Lunatic asylums Punjab 1868-1880 - 1868-1880
Year: 1868
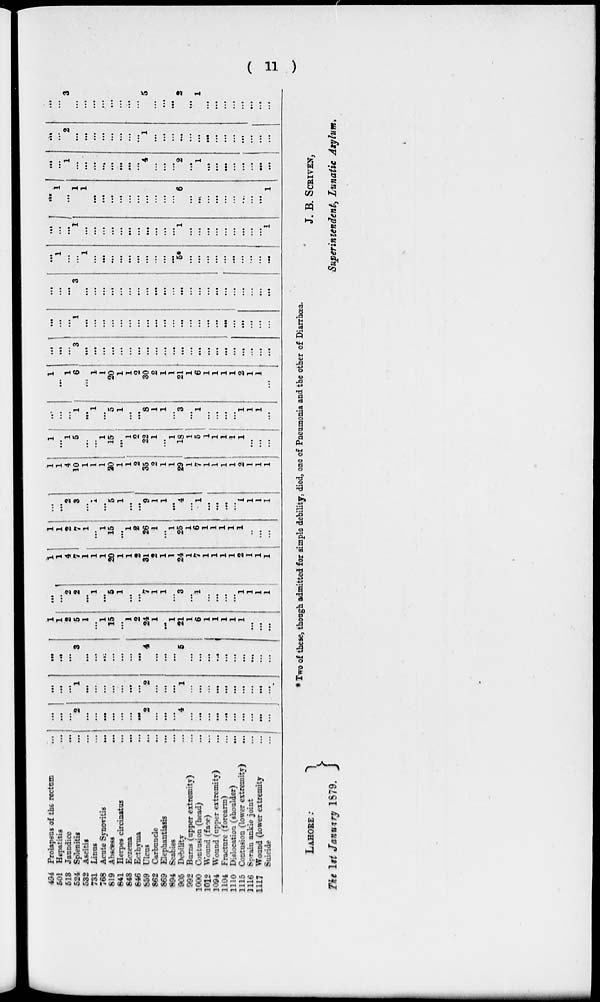
(11)
494
501
513
524
532
731
768
619
841
848
846
859
862
869
894
905
992
1000
1012
1094
1104
1110
1115
1116
1117
Prolapsus of the rectum
Hepatitis
Jaundice
Splenitis
Ascitis
Linos
Acute Synovitis
Abscess
Herpes cirrinatos
Eczema
Ecthyma
Ulcus
Carbuncle
Elephantiasis
Scabies
Debility
Burns (upper extremity)
Contusion (head)
Wound (face)
Wound (upper extremity)
Fracture (forearm)
Dislocation (shoulder)
Contusion (lower extremity)
Sprain ankle joint
Wound (lower extremity
Suicide
...
...
...
...
...
...
...
...
...
...
...
...
...
...
...
...
...
...
...
...
...
...
...
...
...
...
...
...
2
...
...
...
...
...
2
...
...
...
4
...
...
...
...
...
...
...
...
...
...
...
...
...
1
...
...
...
...
...
...
...
2
...
...
...
1
...
...
...
...
...
...
...
...
...
...
...
...
...
3
...
...
...
...
...
...
...
4
...
...
...
5
...
...
...
...
...
...
...
...
...
...
1
1
2
5
1
...
1
15
...
1
2
24
1
...
1
21
1
6
1
1
1
1
1
...
...
...
...
...
2
2
...
1
...
5
1
...
...
7
1
1
...
3
...
1
...
...
...
...
1
1
1
1
1
...
...
...
...
...
...
20
...
...
...
31
...
...
...
24
7
1
1
1
1
2
1
...
...
1
1
2
7
1
...
1
15
...
1
2
26
1
...
1
25
1
6
1
1
1
1
1
..
...
...
...
...
2
3
...
...
...
5
1
...
...
9
1
1
...
4
...
1
...
...
...
...
1
1
1
1
1
1
4
10
1
1
1
20
1
1
2
35
2
1
1
29
1
7
1
1
1
1
2
1
1
1
1
...
1
5
...
...
1
15
...
1
2
22
1
...
1
18
1
5
1
1
1
1
1
...
...
...
...
...
...
1
...
1
...
5
1
...
...
8
1
1
...
3
...
1
...
...
...
...
1
1
1
...
1
...
1
6
...
1
1
20
1
1
2
30
2
1
1
21
1
6
1
1
1
1
2
1
1
...
...
...
...
3
...
...
...
...
...
...
...
...
...
...
...
...
...
...
...
...
...
...
...
...
...
...
...
...
...
1
...
...
...
...
...
...
...
...
...
...
...
...
...
...
...
...
...
...
...
...
...
...
...
...
...
3
...
...
...
...
...
...
...
...
...
... ...
...
...
...
...
...
...
...
...
...
...
...
...
1
...
...
1
...
...
...
...
...
...
...
...
...
...
5*
...
...
...
...
...
...
...
...
...
...
...
...
...
1
...
...
...
...
...
...
...
...
...
...
...
1
...
...
...
...
...
...
...
...
...
1
...
1
...
1
1
...
...
...
...
...
...
...
...
...
...
6
...
...
...
...
...
...
...
...
...
1
...
...
1
...
...
...
...
...
...
...
...
4
...
...
...
2
...
1
...
...
...
...
...
...
...
...
...
...
2
...
...
...
...
...
...
...
...
1
...
...
...
...
...
...
...
...
...
...
...
...
...
...
...
...
3
...
...
...
...
...
...
...
...
5
...
...
...
2
...
1
...
...
...
...
...
...
...
...
* Two of these, though admitted for simple debility, died, one of Pneumonia and the other of Diarrhoea.
LAHORE :
The 1st January 1879.
J. B. SCRIVEN,
Superintendent, Lunatic Asylum.